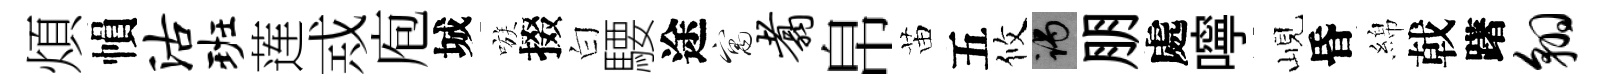
煩𢄙沽班莲𢦶庖城嗾掇白騕途寓翥帛苗五攸谒朋處嚀峴昏綿戟躇翱